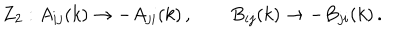
LaTeX: Z _ { 2 } : A _ { i j } ( k ) \rightarrow - A _ { j i } ( k ) \, , \qquad B _ { i j } ( k ) \rightarrow - B _ { j i } ( k ) \, .